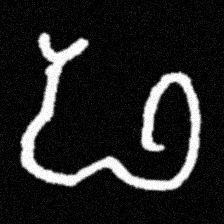
Pyu character \u2014 Myanmar letter: ဖ (romanized: pha)